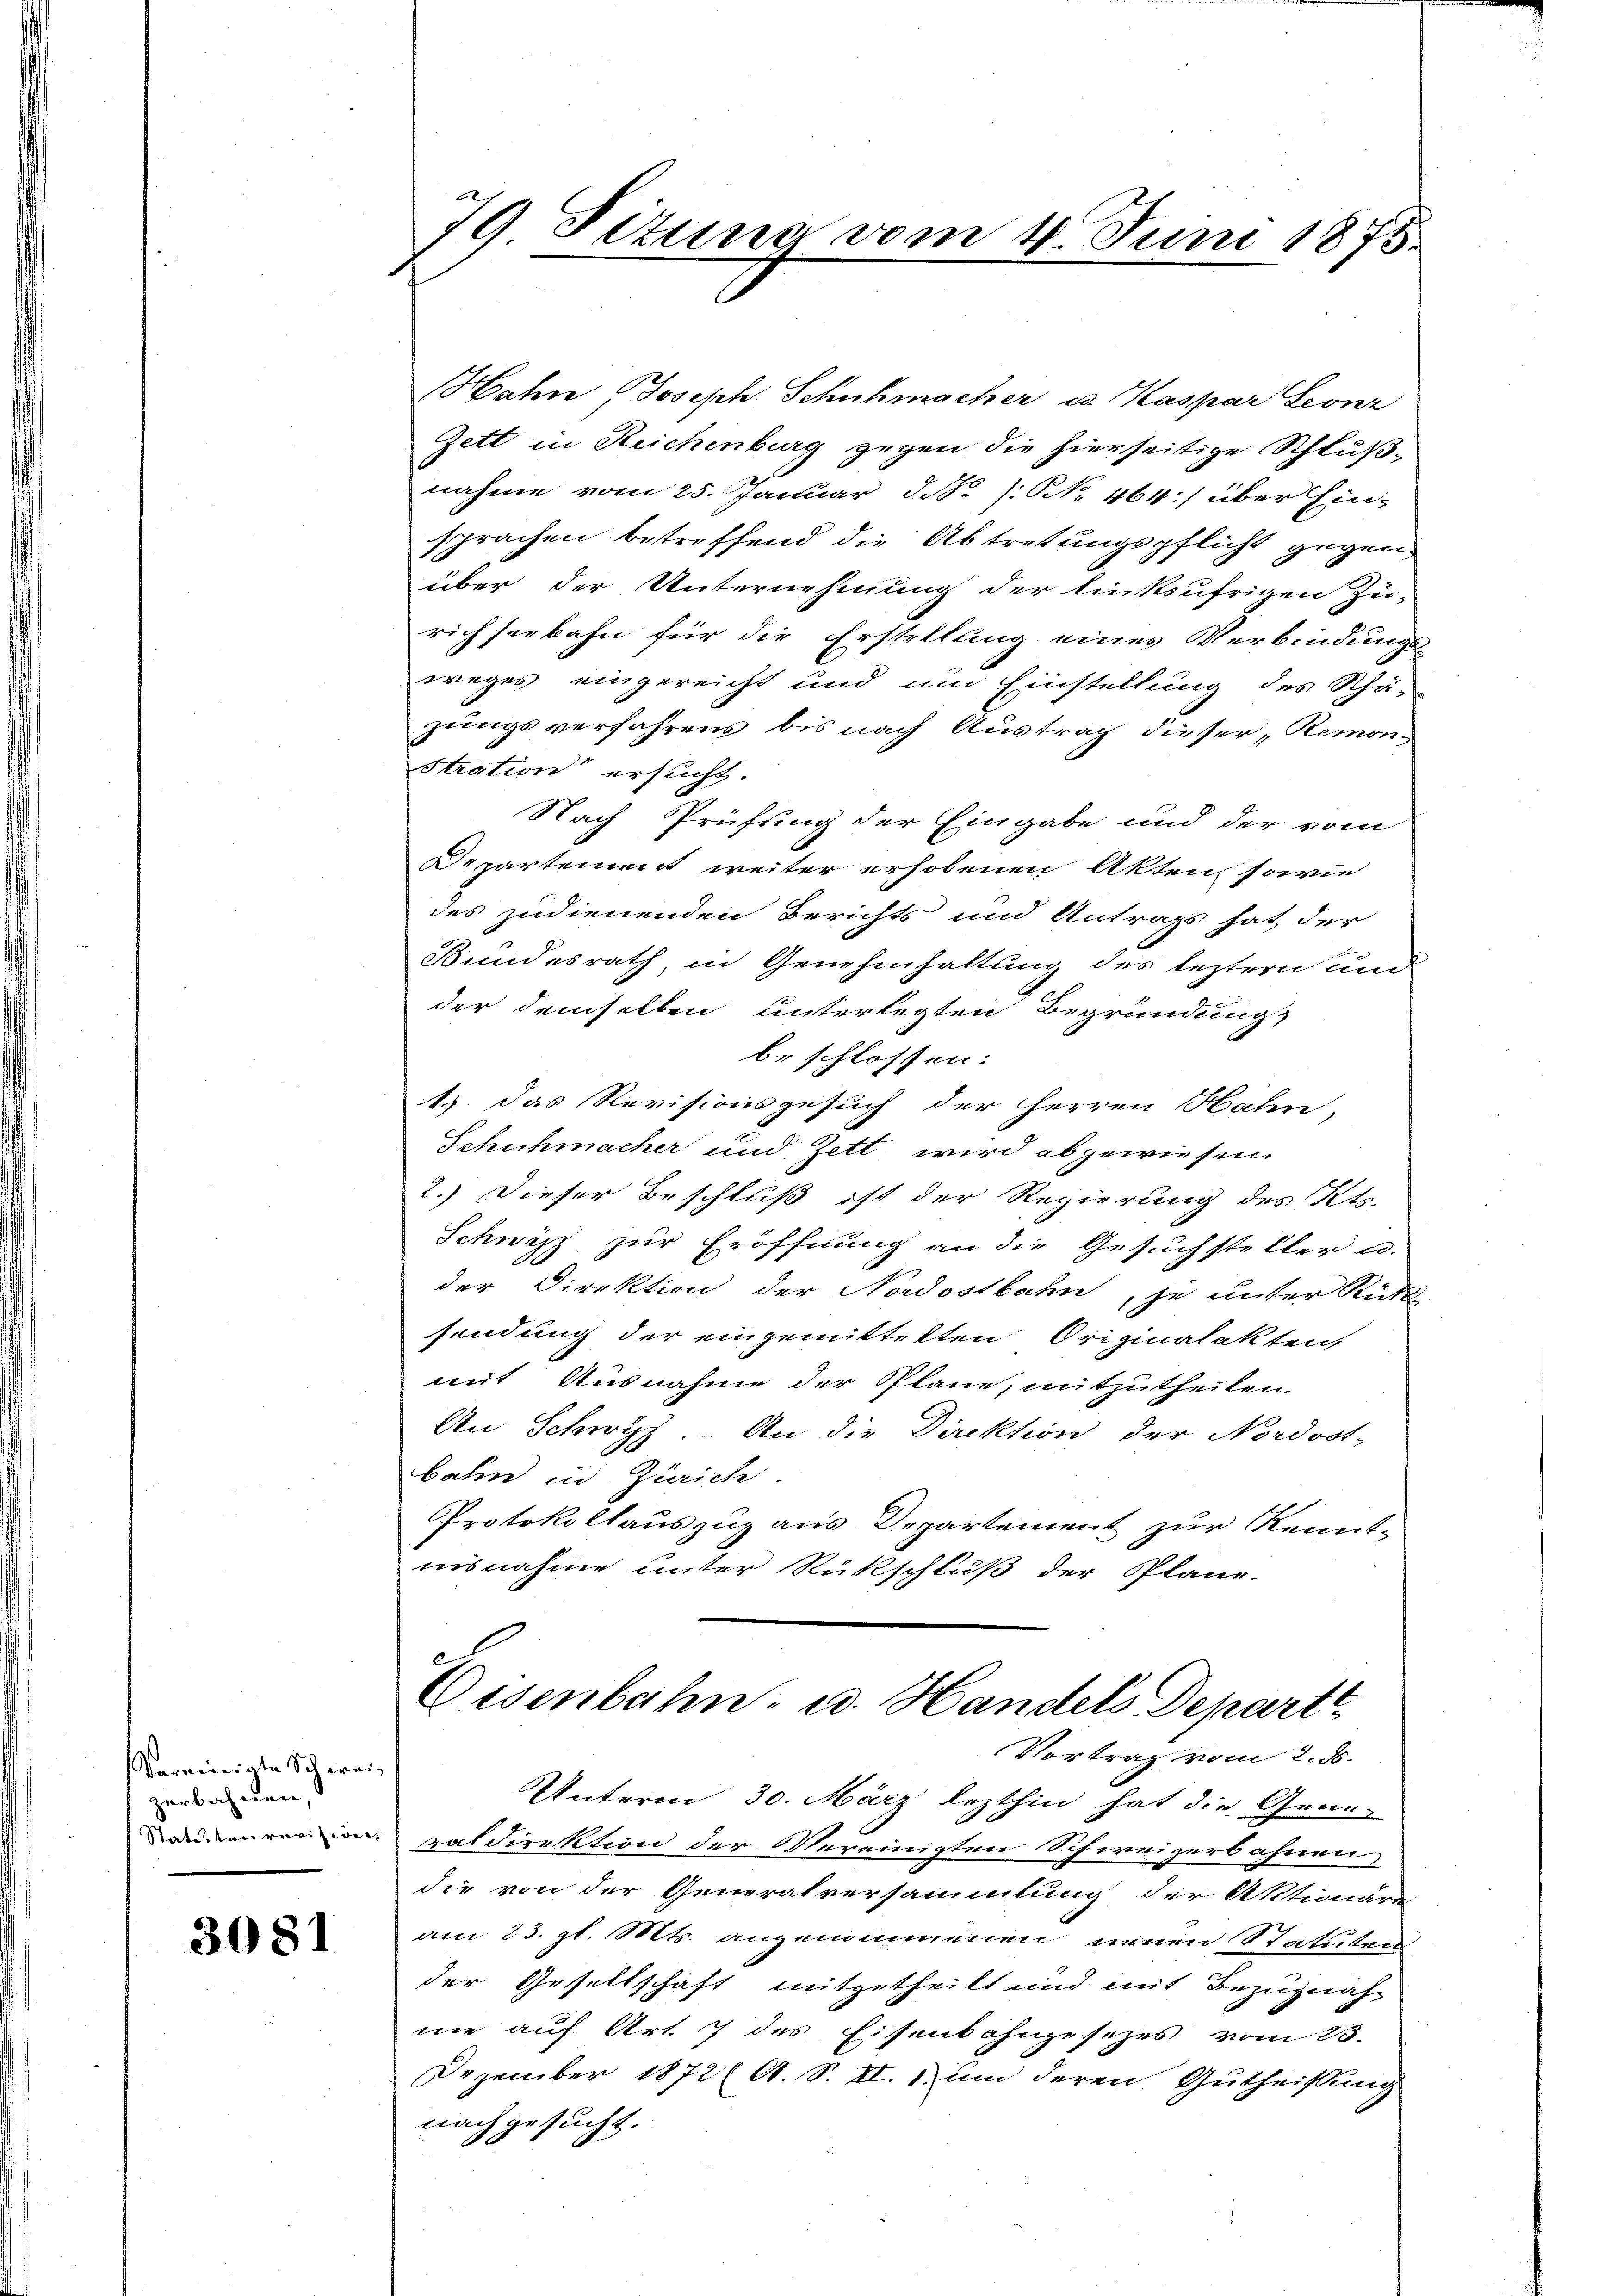
Vereinigte Schweiz
zerbahnen,
Statuten revisione

3081

79 Situng vom 4. Juni 1875.

Eisenbahn- u. Handels Depart
Vortrag vom 2. ds.

Hahn Joseph Schuhmacher u. Kaspar Leonz
Zett in Reichenburg gegen die hierseitige Schlußnahme vom 25. Januar d. d. /: NNo. 464 über Ein-
sprachen betreffend die Abtretungspflicht gegen
I
über der Unternehmung der linksufrigen Zu-
richseebahn für die Erstellung eines Verbindungs-
weges eingereicht und um Einstellung des Schä-
zungsverfahrens bis nach Austrag dieser „Remon
Stration ersucht.
Nach Prüfung der Eingabe und der vom
Departement weiter erhobenen Akten, sowie
des zudienenden Berichts und Antrags hat der
Bundesrath in Genehmhaltung des leztern und
der demselben unterlegten Begründung
beschlossen:
1.) Das Revisionsgesuch der Herren Hahn,
Schuhmacher und Zett wird abgewiesen.
2.) Dieser Beschluß ist der Regierung des Kts.
Schwyz zur Eröffnung an die Gesuchsteller u.
der Direktion der Nordostbahn, je unter Rück
sendung der eingemittelten Originalakten,
mit Ausnahme der Pläne, mitzutheilen.
An Schwyz. - An die Direktion der Nordost-
bahn in Zürich.
Protokollauszug aus Departement zur Kennt-
insnahme unter Rückschluß der Pläne.

Unterm 30. März lezthin hat die Grün-
raldirektion der Vereinigten Schweizerbahnen
die von der Generalversammlung der Aktionäre
am 23. gl. Mts. angenommenen neuen Statuten
der Gesellschaft mitgetheilt und mit Bezugnah-
nie auf Art. 7 des Eisenbahngesezes vom 23.
Dezember 1872 (A. S. II. 1 um deren Gutheissung
nachgesucht.